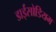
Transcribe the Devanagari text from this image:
डाईसोडियम